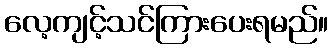
လေ့ကျင့်သင်ကြားပေးရမည်။